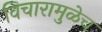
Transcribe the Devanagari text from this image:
विचारामुळेच